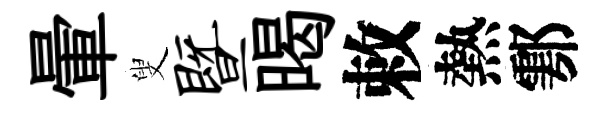
暈叟暨暍敕熱鄠